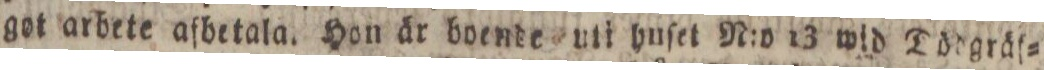
got arbete afbetala. Hon är boende uti huſet N:o 13 wid Tödgräf=